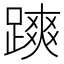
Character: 𨄷